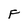
Character: F